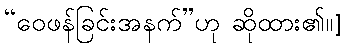
“ဝေဖန်ခြင်းအနက်”ဟု ဆိုထား၏။]